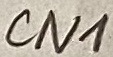
Text: cn1